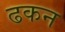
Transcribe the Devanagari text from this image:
ढकन